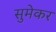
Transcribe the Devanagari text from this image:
सुमेकर